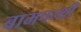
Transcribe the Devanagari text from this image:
बामपन्थी